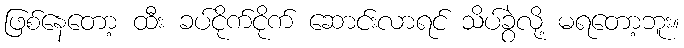
ဖြစ်နေတော့ ထီး ခပ်ငိုက်ငိုက် ဆောင်းလာရင် သိပ်ခွဲလို့ မရတော့ဘူး။